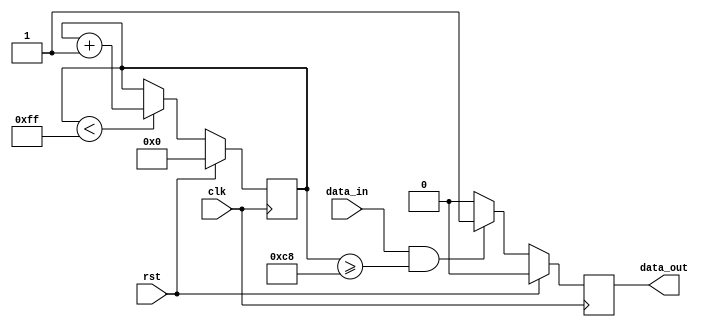
module almost_full_fifo (
    input wire clk,
    input wire rst,
    input wire data_in,
    output reg data_out
);

reg [7:0] fifo_buffer [0:255]; // 256 depth FIFO buffer
reg [7:0] fill_level; // Fill level of the FIFO buffer

// Timing control block
always @(posedge clk) begin
    if (rst) begin
        fill_level <= 0;
    end else begin
        if (fill_level < 255) begin // FIFO buffer almost full condition
            fill_level <= fill_level + 1;
        end
    end
end

// Synchronization block
always @(posedge clk) begin
    if (rst) begin
        data_out <= 0;
    end else begin
        if (data_in && fill_level >= 200) begin // Trigger synchronization when buffer is almost full
            data_out <= 1'b1;
        end else begin
            data_out <= 1'b0;
        end
    end
end

endmodule